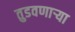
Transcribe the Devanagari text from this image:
तुडवणाऱ्या